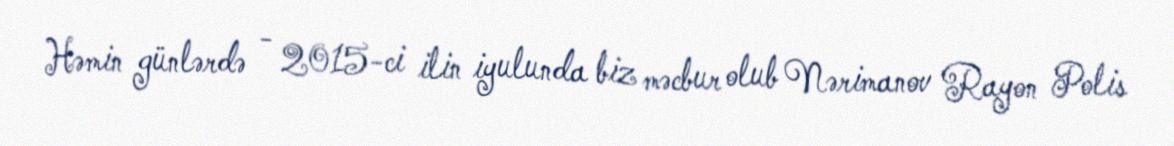
Həmin günlərdə - 2015-ci ilin iyulunda biz məcbur olub Nərimanov Rayon Polis